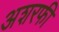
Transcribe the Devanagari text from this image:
अशरफी